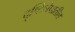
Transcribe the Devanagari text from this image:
दृष्टिक्षेपातील